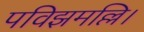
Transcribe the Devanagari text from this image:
पविझमल्लि।